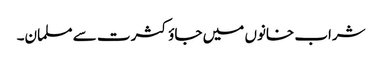
شراب خانوں میں جاؤ کثرت سے مسلمان۔